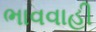
ભાવવાહી